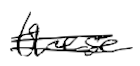
Text: these
Cross-out: double-line
Writing tool: digital_black